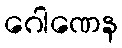
ဂေါဏေန